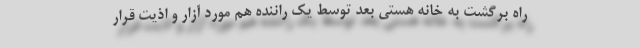
راه برگشت به خانه هستی بعد توسط یک راننده هم مورد آزار و اذیت قرار